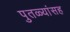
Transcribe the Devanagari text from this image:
पुतळ्यांसह